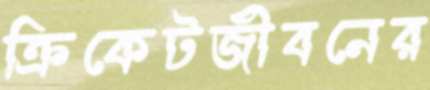
ক্রিকেটজীবনের